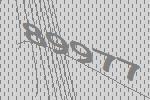
89977